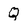
Character: Q